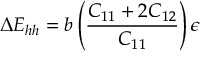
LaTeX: \Delta E _ { h h } = b \left( { \frac { C _ { 1 1 } + 2 C _ { 1 2 } } { C _ { 1 1 } } } \right) \epsilon